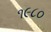
૧૯૮૦